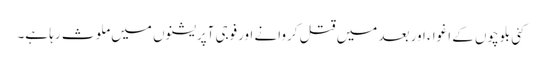
کئی بلوچوں کے اغوا ء اور بعد میں قتل کروانے اورفوجی آپریشنوں میں ملوث رہا ہے۔